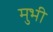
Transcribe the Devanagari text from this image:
मुभी